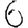
Digit: 6